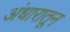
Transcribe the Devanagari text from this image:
अंधारातून